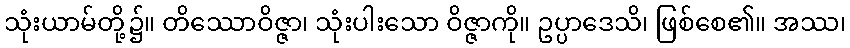
သုံးယာမ်တို့၌။ တိဿောဝိဇ္ဇာ၊ သုံးပါးသော ဝိဇ္ဇာကို။ ဥပ္ပာဒေသိ၊ ဖြစ်စေ၏။ အဿ၊